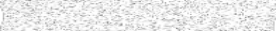
١٧٢